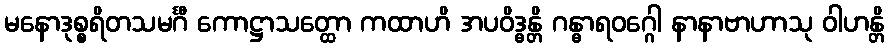
မနောဒုစ္စရိတသမင်္ဂီ ကောဋ္ဌာသတ္ထော ကထာဟိ အပဝိဒ္ဓန္တိ ဂန္ဓာရဝဂ္ဂေါ နာနာဗာဟာသု ဝါဟန္တိ